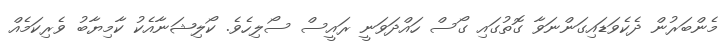
މެންބަރުން ދެކެވަޑައިގަންނަވާ ގޮތުގައި ގޯސް ހައްދަވަނީ ރައީސް ސޯލިހެވެ. ކޯލިޝަނާއެކު ކާމިޔާބު ވެރިކަމެއް